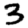
Digit: 3